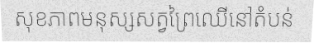
សុខភាពមនុស្សសត្វព្រៃឈើនៅតំបន់